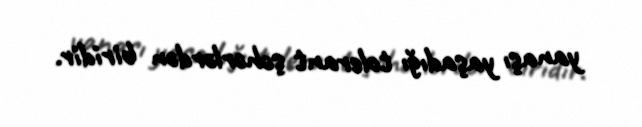
yanaşı yaşadığı tolerant şəhərlərdən biridir.